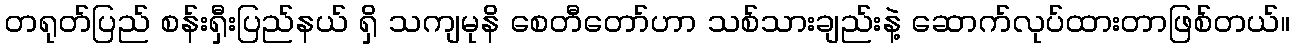
တရုတ်ပြည် စန်းရှီးပြည်နယ် ရှိ သကျမုနိ စေတီတော်ဟာ သစ်သားချည်းနဲ့ ဆောက်လုပ်ထားတာဖြစ်တယ်။